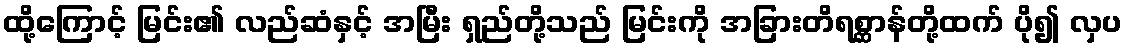
ထို့ကြောင့် မြင်း၏ လည်ဆံနှင့် အမြီး ရှည်တို့သည် မြင်းကို အခြားတိရစ္ဆာန်တို့ထက် ပို၍ လှပ